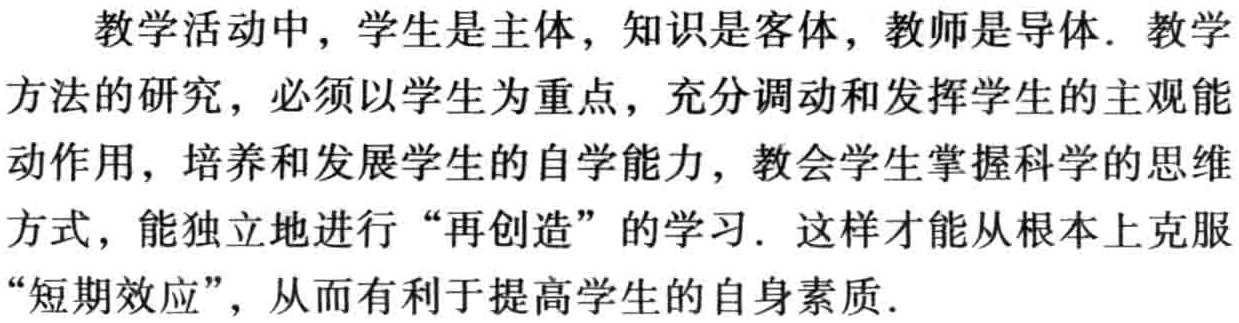
教学活动中，学生是主体，知识是客体，教师是导体. 教学方法的研究，必须以学生为重点，充分调动和发挥学生的主观能动作用，培养和发展学生的自学能力，教会学生掌握科学的思维方式，能独立地进行“再创造”的学习. 这样才能从根本上克服“短期效应”，从而有利于提高学生的自身素质.